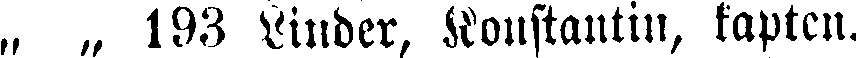
„ „ 193 Linder, Konstantin, kapten.